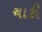
ચાકી